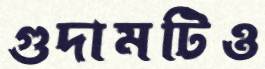
গুদামটিও